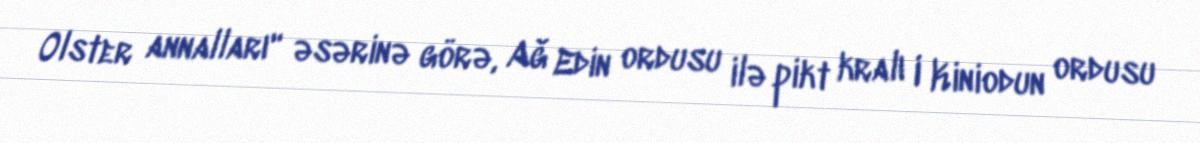
Olster annalları" əsərinə görə, Ağ Edin ordusu ilə pikt kralı I Kiniodun ordusu